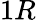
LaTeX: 1R